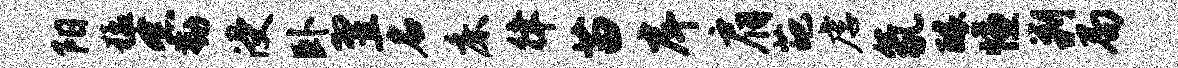
阳猛念勤浸卧翌名床律苗戽肩葩虐氛醵慊剿局